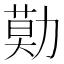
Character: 𠢓